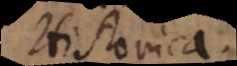
Historica.